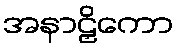
အနာဠှိကော